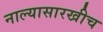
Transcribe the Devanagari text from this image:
नाल्यासारखीच